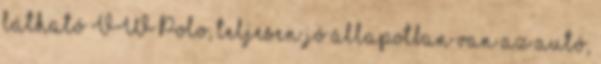
látható VW Polo, teljesen jó állapotban van az autó,